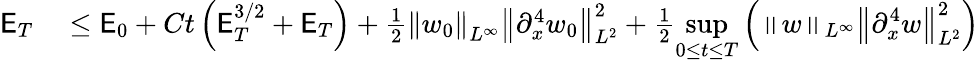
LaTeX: \begin{array}{rl}{\mathsf{E}_{T}}&{{}\leq\mathsf{E}_{0}+Ct\left(\mathsf{E}_{T}^{3/2}+\mathsf{E}_{T}\right)+\frac{1}{2}\left\| w_{0}\right\| _{L^{\infty}}\left\| \partial_{x}^{4}w_{0}\right\| _{L^{2}}^{2}+\frac{1}{2}\displaystyle\operatorname*{sup}_{0\leq t\leq T}\left(\left\| w\right\| _{L^{\infty}}\left\| \partial_{x}^{4}w\right\| _{L^{2}}^{2}\right)}\end{array}